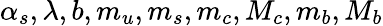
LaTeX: \alpha_{s},\lambda,b,m_{u},m_{s},m_{c},M_{c},m_{b},M_{b}